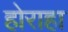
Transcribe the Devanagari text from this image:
होराहा